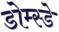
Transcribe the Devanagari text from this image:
डोम्स्डे